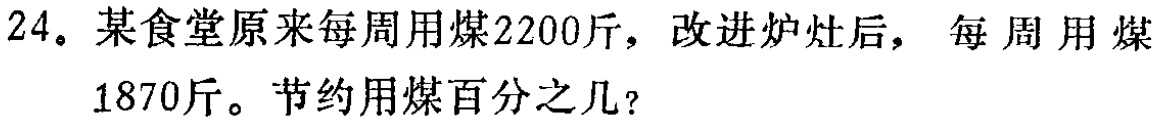
24。某食堂原来每周用煤2200斤，改进炉灶后，每周用煤1870斤。节约用煤百分之几？